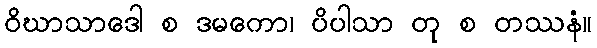
ဝိဃာသာဒေါ စ ဒမကော၊ ပိပါသာ တု စ တဿနံ။